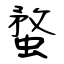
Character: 蝥